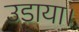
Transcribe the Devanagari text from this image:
उडाया।